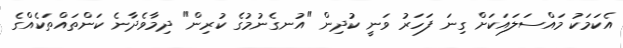
އެކަމަކު މައްސަލައަކަށް ގިނަ ފަހަރު ވަނީ ކުދިން "އުނގެނުމުގެ ކުރިން" ދިމާވެދާނެ ކަންތައްތަކެއްގެ